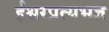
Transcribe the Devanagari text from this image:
ईश्वरप्रत्यभज्ञ